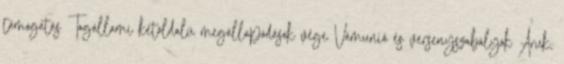
támogatás Tagállami kétoldalú megállapodások vége Vámunió és versenyszabályok Áruk,